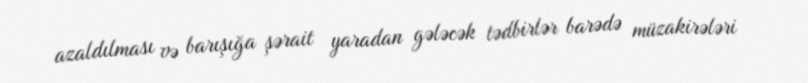
azaldılması və barışığa şərait yaradan gələcək tədbirlər barədə müzakirələri